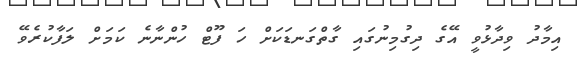
އިމާދު ވިދާޅުވީ އޭގެ ދިގުމިނުގައި ގާތްގަނޑަކަށް ހަ ފޫޓް ހުންނާނެ ކަމަށް ލަފާކުރެވޭ